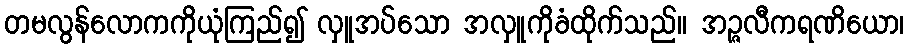
တမလွန်လောကကိုယုံကြည်၍ လှူအပ်သော အလှူကိုခံထိုက်သည်။ အဉ္ဇလီကရဏိယော၊